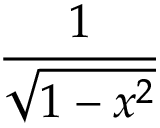
\frac { 1 } { \sqrt { 1 - x ^ { 2 } } }